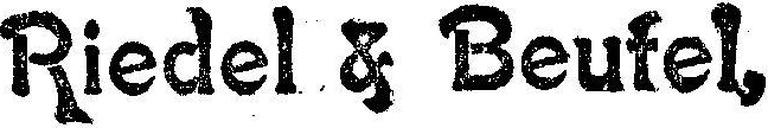
Riedel & Beutel,